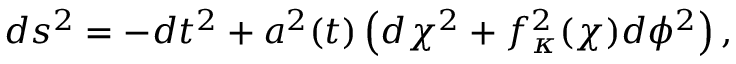
d s ^ { 2 } = - d t ^ { 2 } + a ^ { 2 } ( t ) \left( d \chi ^ { 2 } + f _ { \kappa } ^ { 2 } ( \chi ) d \phi ^ { 2 } \right) ,